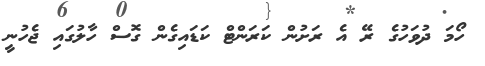
ހޯމަ ދުވަހުގެ ރޭ އެ ރަށުން ކަރަންޓް ކަޑައިގެން ގޮސް ހާލުގައި ޖެހުނީ